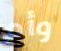
وأم